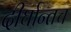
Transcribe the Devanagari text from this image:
दीर्घान्तच